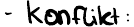
- Konflikt: